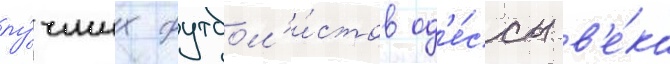
лу́чших футбол'и́стов од'е́ссы в'е́ка